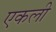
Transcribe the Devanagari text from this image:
एकली